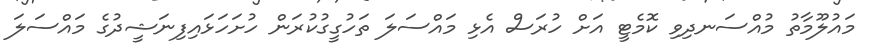
މައުލޫމާތު މުއްސަނދިވި ކޮމެޓީ އަށް ހުރަސް އެޅި މައްސަލަ ތަހުގީގުކުރަން ހުށަހަޅައިފިނަޝީދުގެ މައްސަލަ